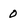
Character: 0